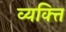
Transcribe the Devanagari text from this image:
व्यक्त्ति